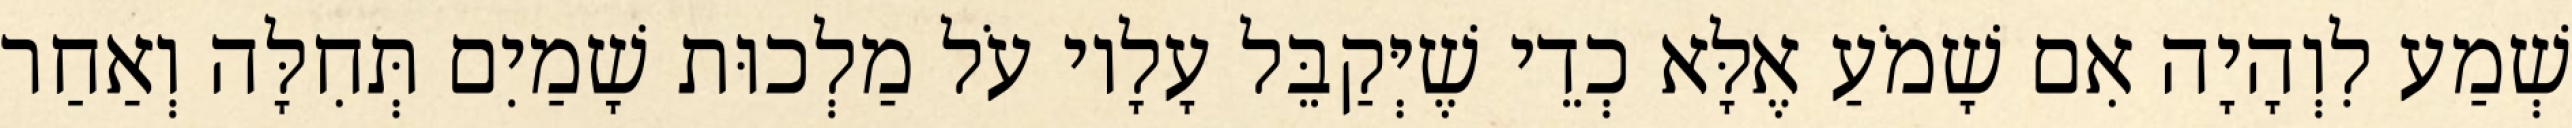
שְׁמַע לִוְהָיָה אִם שָׁמֹעַ אֶלָּא כְדֵי שֶׁיְּקַבֵּל עָלָיו עֹל מַלְכוּת שָׁמַיִם תְּחִלָּה וְאַחַר